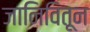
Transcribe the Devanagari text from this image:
जानिवितून